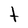
Character: t